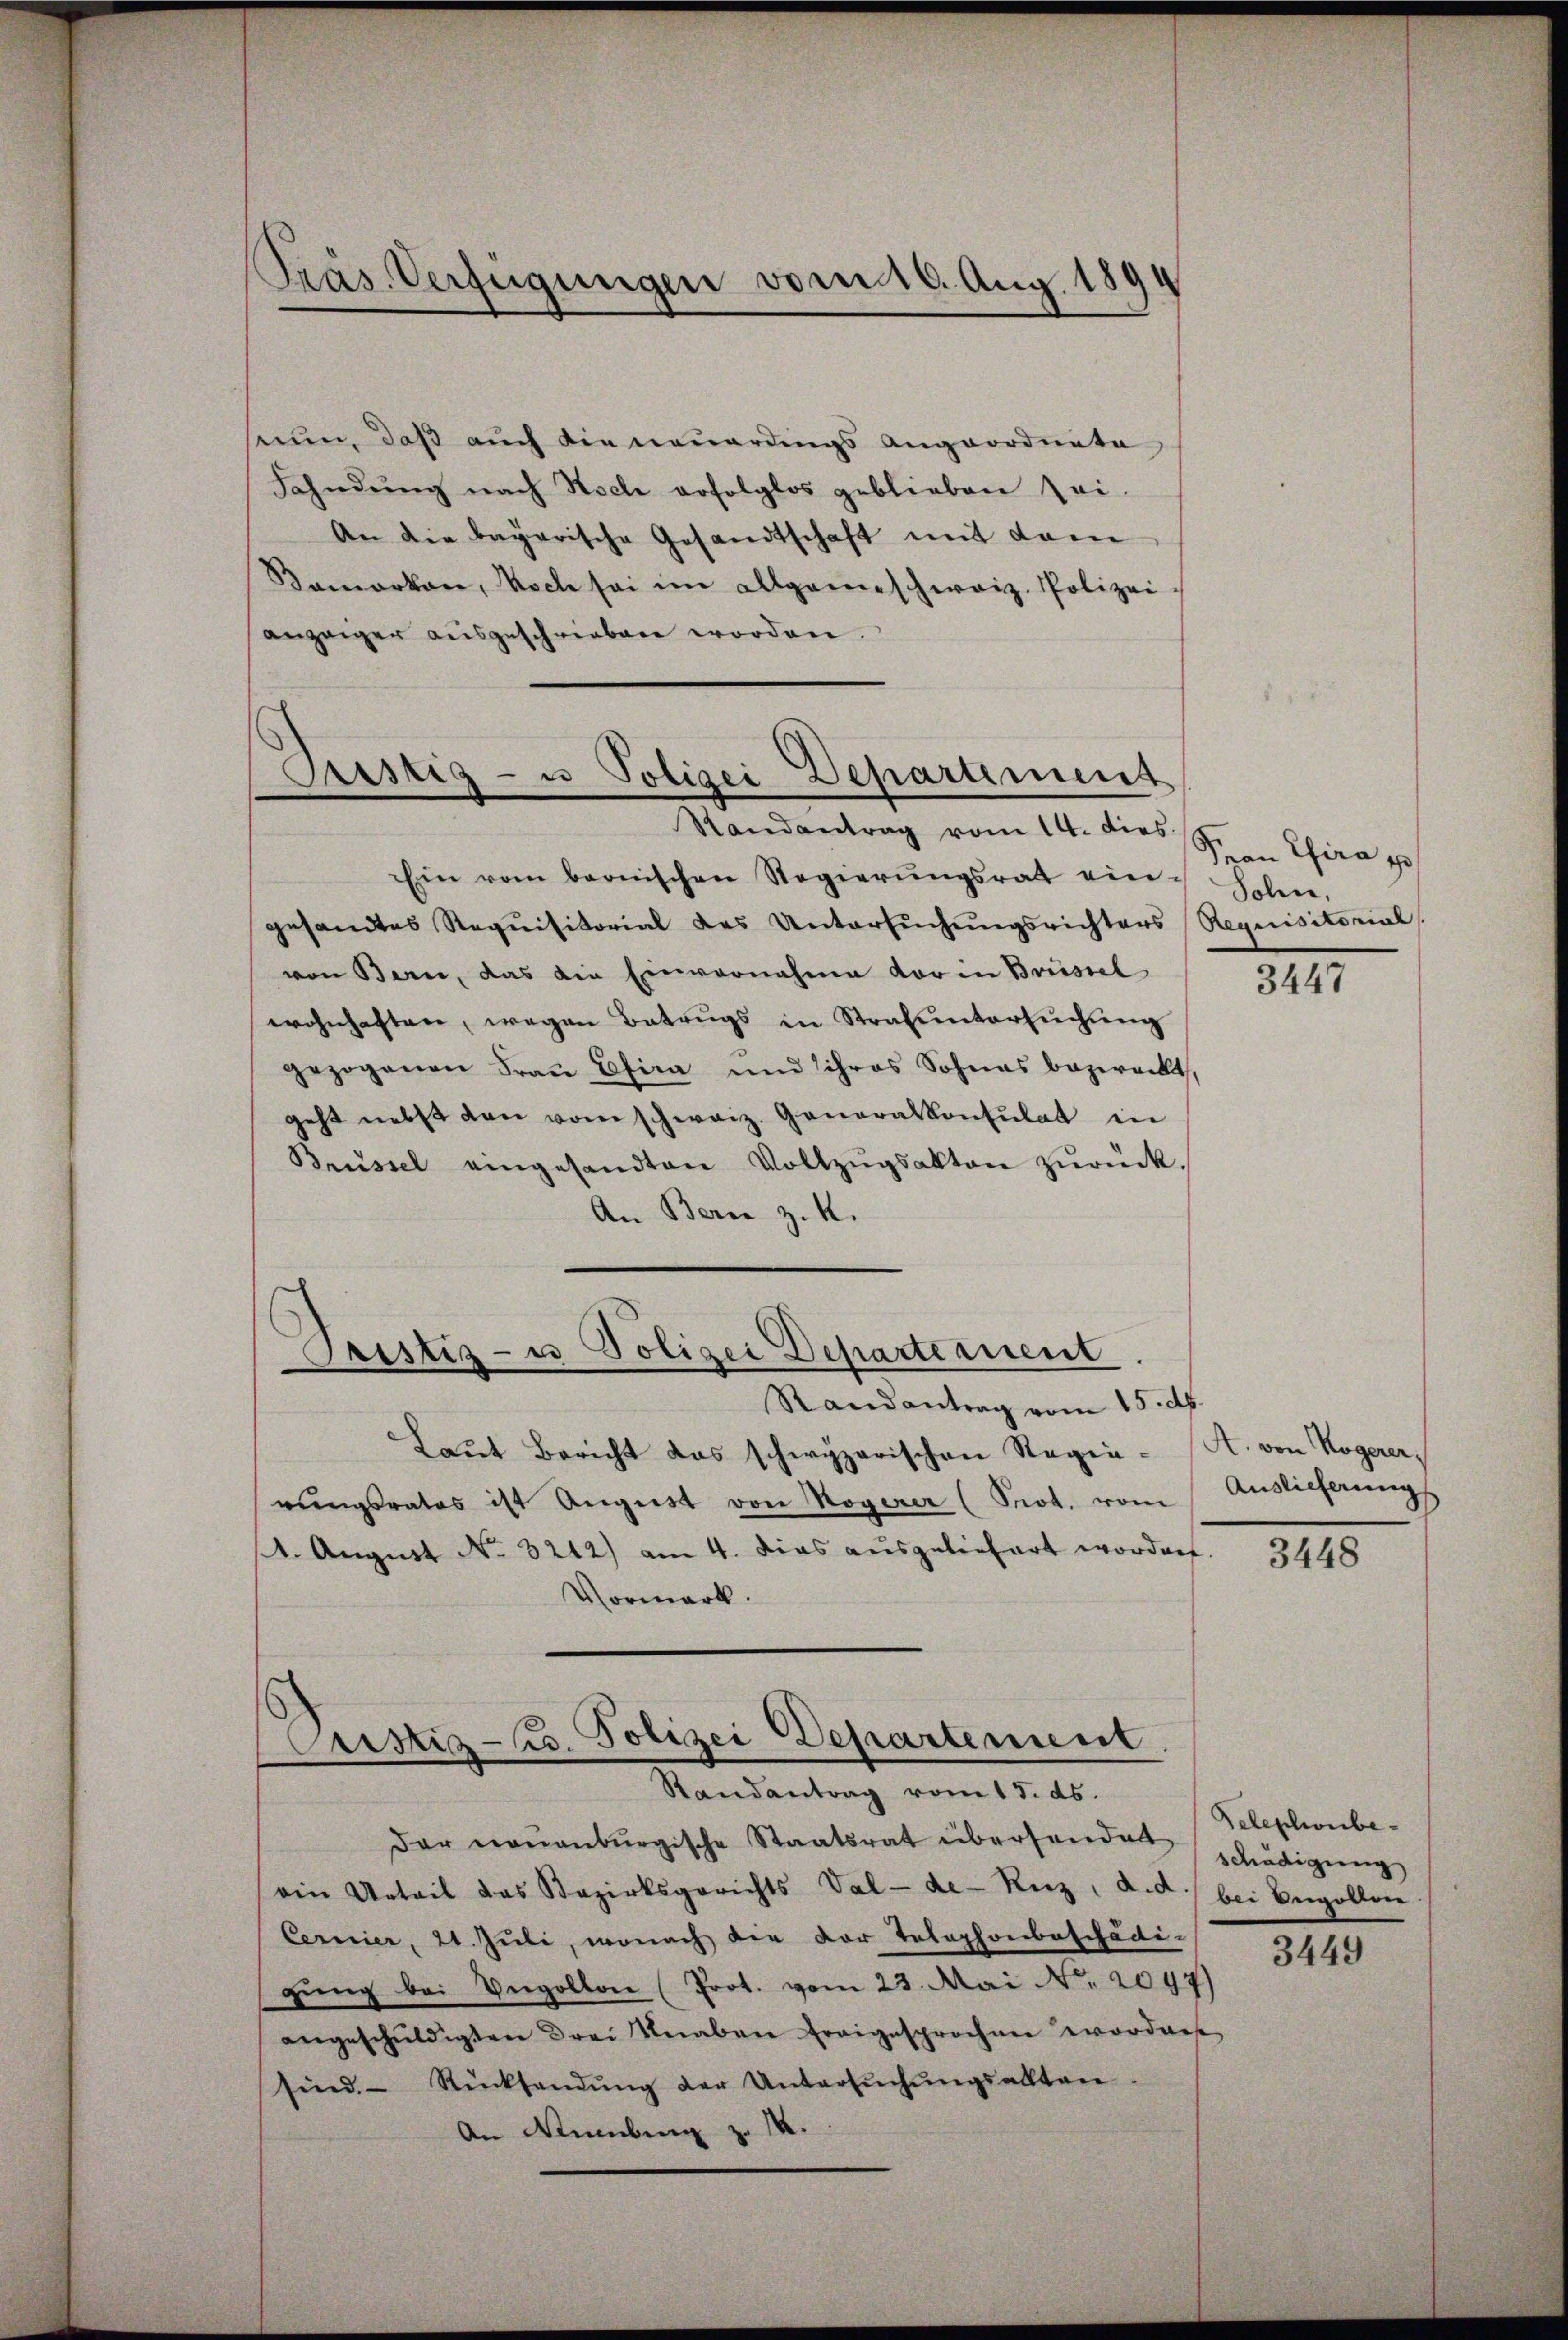
Präs. Verfügungen vom 16. Aug. 1894

seum, daß auch die neuerdings Angeordnete
Fahndŭng nach Stocke erfolglos geblieben sei.
An die bayerische Gesandtschaft mit dem
Damorten, Noch sei im allgemeschweiz. Polizei
anzeiger ausgeschrieben worden
Pustiz- u Polizei Departement

Randantrag vom 14. dies.

Ein vom bernischen Regierŭngsrath ein-
gesamtes Requisitorial des Untersuchungsrichters Requisitorial
von Bern, das die Einvernahme vor in Brüssel
wohnhaften, wegen Betrugs in Strafuntersŭchŭng
gezogenen Fraŭ Efira und ihres Sohnes bezweckt,
geht nebst den vom schweiz. Generalkonsulat in
Brüssel eingesandten Vollzŭgsakten zŭrück.
An Bern z. K.
d
Pristiz- u Polizei Departement
Randantrag vom 15. ds.
Laŭt Bericht das schwyzerischen Regia. A. von Kogerer,
rŭngsrates ist August von Rogerer (Prot. vom Auslieferungs
1. August No. 3212) am 4. dies ausgeliefert worden. 3448
Vormerk.

s
ustiz- u. Polizei Departement.
Randantrag vom 15. ds.

der neuenburgische Staatsrat übersendet schädigung
ein Urteil das Bezirksgerichts Val-de-Kuz, d. d.) bei Engellen
Cernier, 21. Juli, wonach die der Telephonbeschädi-
gŭng bei Vergolten (Prot. vom 23. Mai N. 2097)
angeschŭldigten drei Knaben freigesprochen worden
sind. Rücksendŭng der Untersŭchŭngsalltan
An Meuburg z. 14.

Frau Pfira p
Solen.

3447

Telephonbe¬

3449